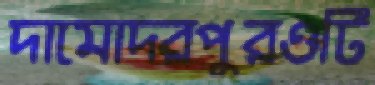
দামোদরপুরওটি